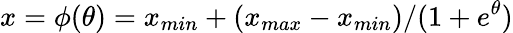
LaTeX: x=\phi(\theta)=x_{min}+(x_{max}-x_{min})/(1+e^{\theta})